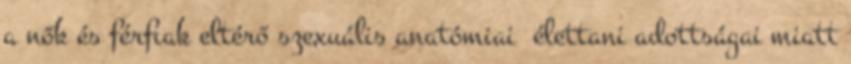
a nők és férﬁak eltérő szexuális anatómiai élettani adottságai miatt